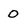
Character: 0